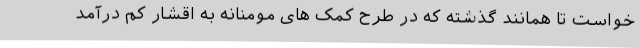
خواست تا همانند گذشته که در طرح کمک های مومنانه به اقشار کم درآمد